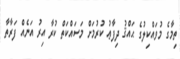
ތިމާގެ މުވައްކިލުގެ ޙައްޤު ދިފާޢު ކުރުމަށް މަސައްކަތް ކުރާ އިރު އަނެއް ފަރާތާ